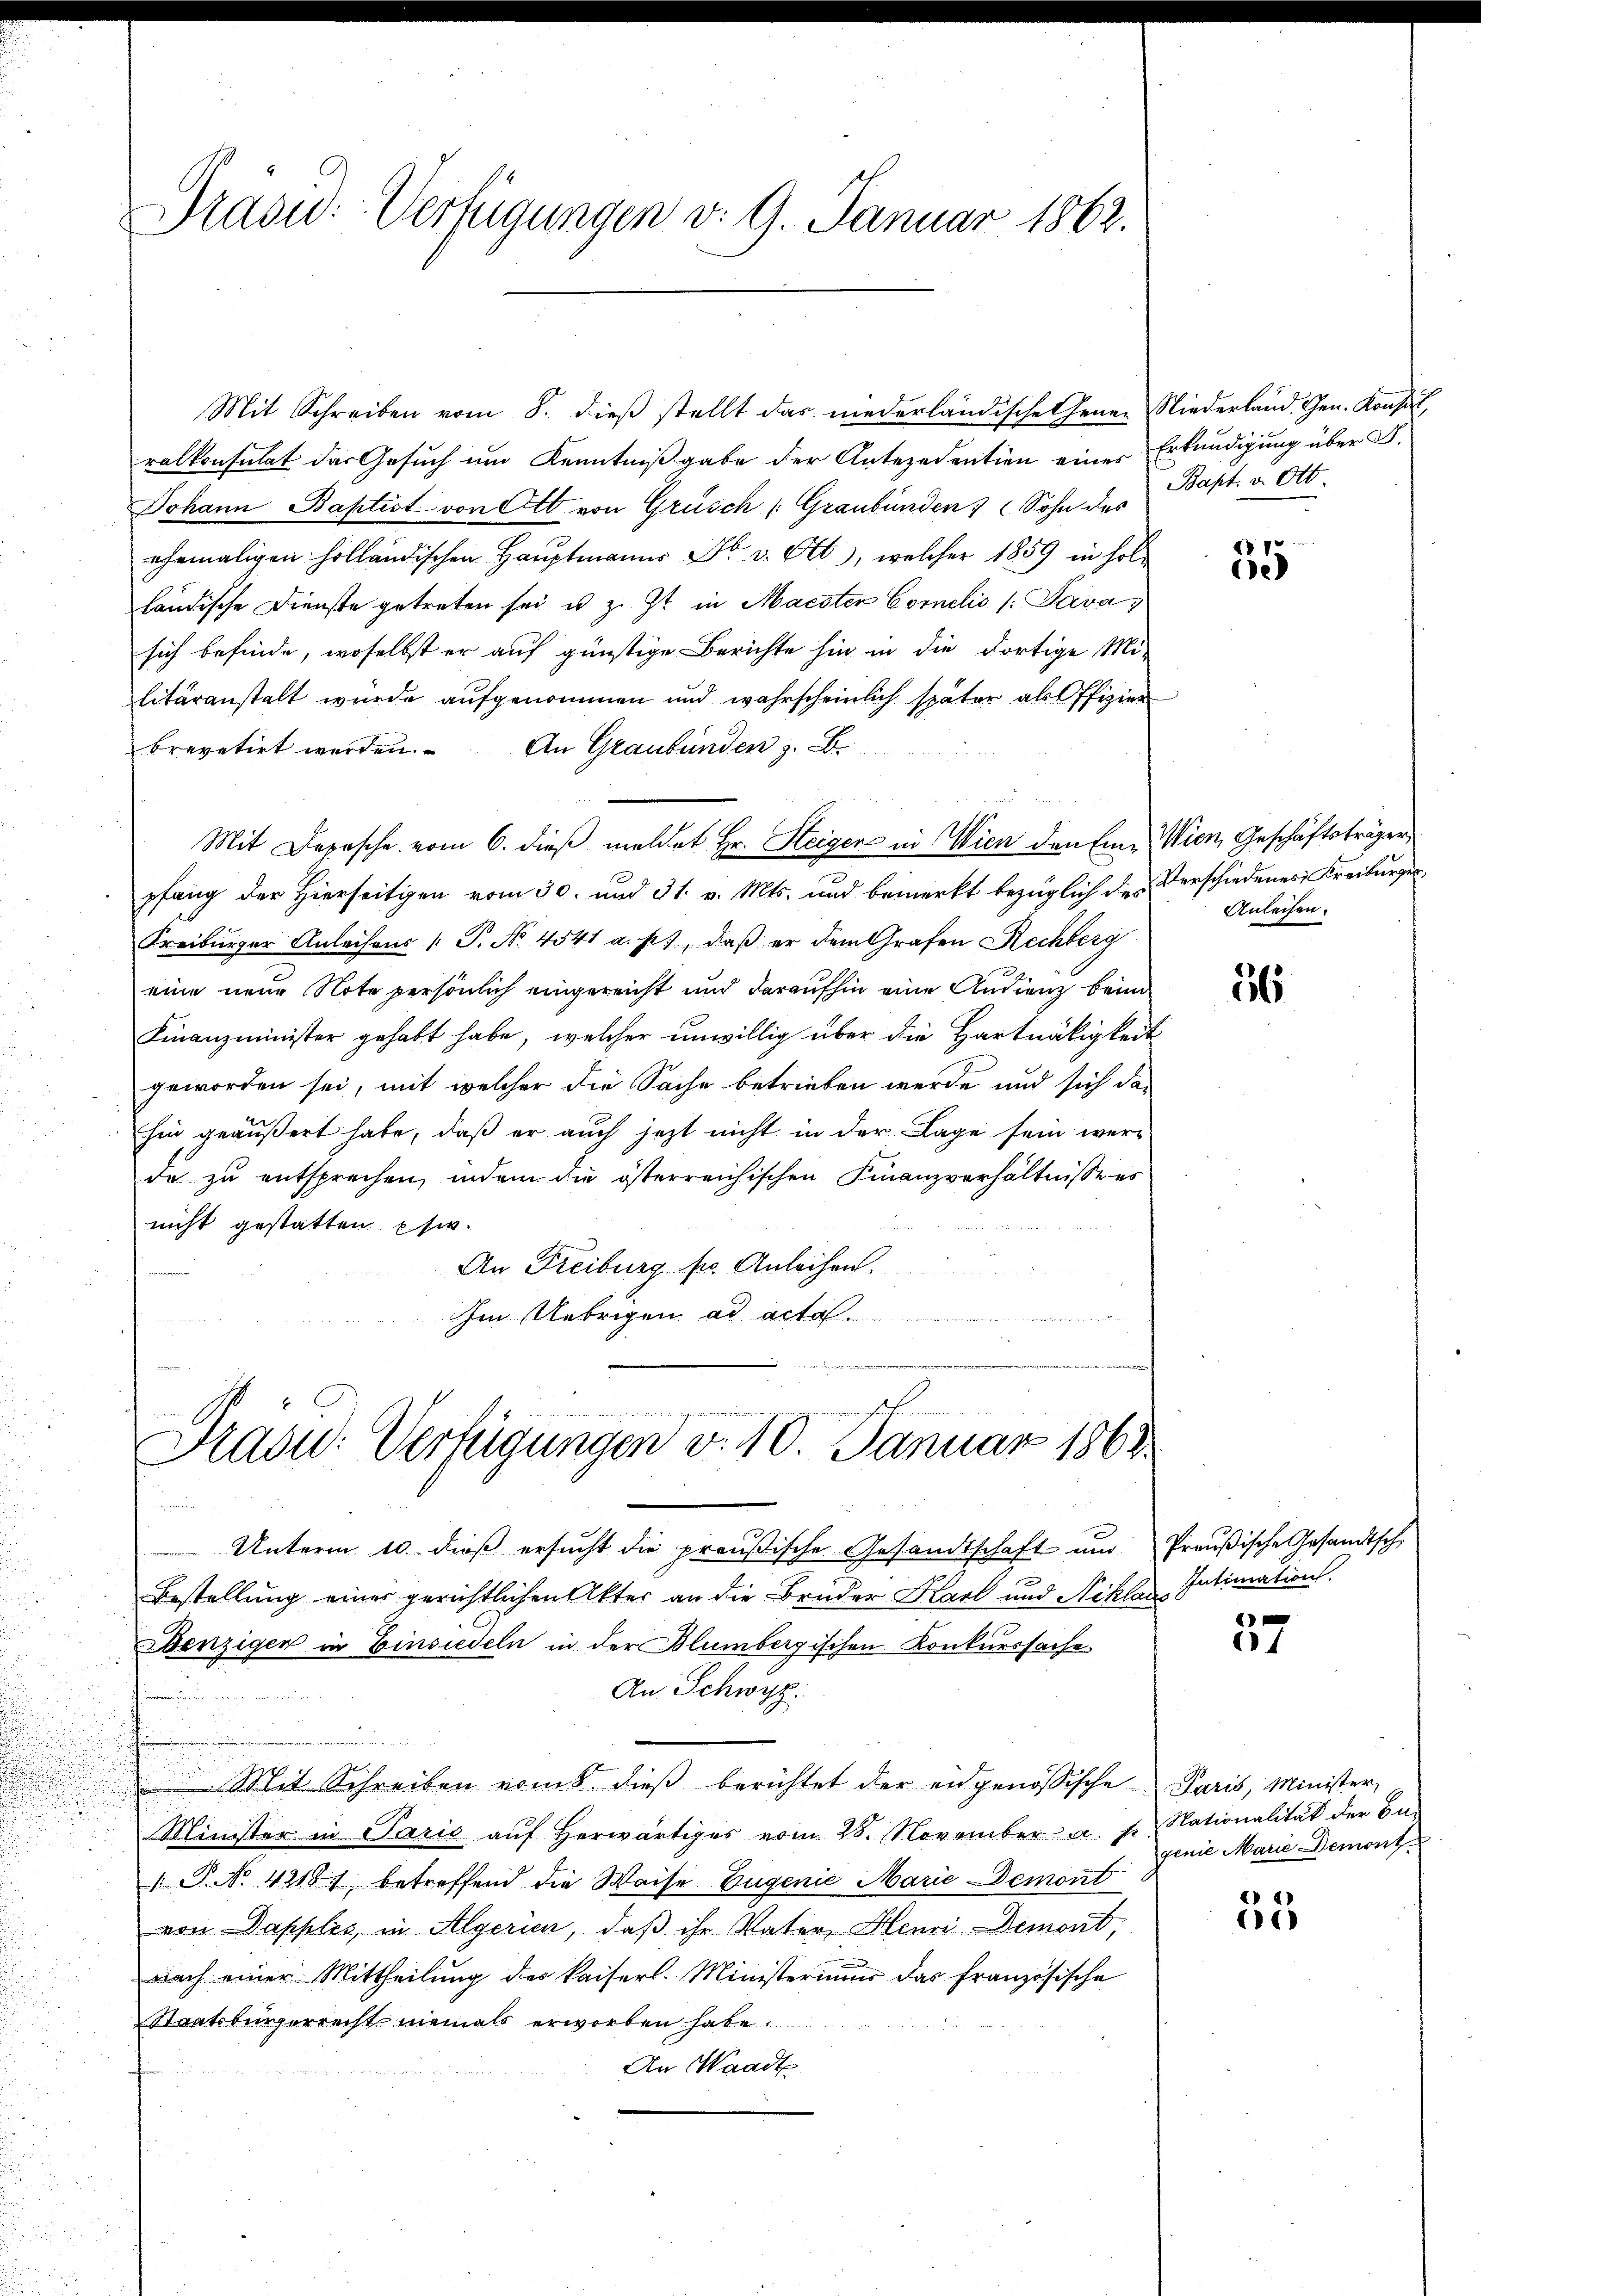
Präsid.: Verfügungen v. 9. Januar 1862.

Mit Schreiben vom 8. dieβ stellt das niederländische Gener Niederland. Gen. Konsul,
ralkonsulat das Gesuch um Kenntnißgabe der Antezedention eines Erkundigung über S.
Johann Baptist von Ott von Grüsch (Graubünden 3 (Sohn des Bapt. v. Ott.
ehemaligen holländischen Hauptmanns Fr. v. Ott, welcher 1859 in holländische Dienste getreten sei u. z. Zt. in Machter Cornelis (Pava,
sich befinde, woselbst er auf günstige Berichte hin in die dortige Mi-
litäranstalt würde aufgenommen und wahrscheinlich später als Offizier
brevetirt werden. An Graubünden z. B.
Mit Depesche vom 6. dieβ meldet Hr. Steiger in Wien den Eine Wien, Geschäftsträger,
pfang der Hierseitigen vom 30. und 31. v. Mts. und bemerkt bezüglich des Verschiedenes Kreiburger¬
Freiburger Anleihens 1. P. Nr. 4541 a. p., daβ er dem Grafen Rechberg
eine neue Note persönlich eingereicht und daraufhin eine Audienz beim
Finanzminister gehabt habe, welcher unwillig über die Hartnätigkeit
geworden sei, mit welcher die Sache betrieben werde und sich das
hin geäußert habe, daß er auch jetzt nicht in der Lage sein werde zu entsprechen, indem die österreichischen Finanzverhältnisse es
nicht gestatten usw.
An Freiburg fr. Anleihen.
Im Uebrigen ad acta.
r

Frasu: Verfügungen v. 10. Januar 1863.

Unterm 10. dieß ersucht die preußische Gesandtschaft und Preußische Gesandtsch
Bestellung einer gerichtlichen Akter an die Bruder Karl und Niklaus
Denzigen in Einsiedeln in der Blumbergischen Konkurssache.
An Schwyz:
Mit Schreiben vom 8. dieß berichtet der eidgenössische Paris, Minister,
Minister in Paris aŭf herwärtiges vom 28. November a. p. Nationalität der Be-
 P. Nr. 42181 betreffend die Weise Eugenie Marie Demont
von Dapples in Algerien, daß ihr Vater Henri Demont,
nach einer Mittheilŭng des kaiserl. Ministerium das französische
Staatsbürgerrecht niemals erworben habe.
An Waadt

7
ie

Anleisen.

36

Intimation

61

genie Marie Demont

55